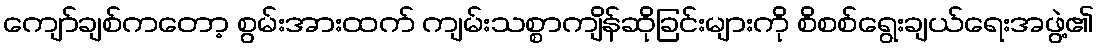
ကျော်ချစ်ကတော့ စွမ်းအားထက် ကျမ်းသစ္စာကျိန်ဆိုခြင်းများကို စိစစ်ရွေးချယ်ရေးအဖွဲ့၏